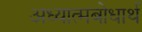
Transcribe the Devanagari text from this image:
अध्यात्मबोधार्थ